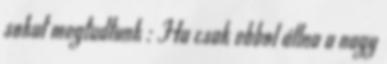
sokat megtudtunk : Ha csak ebbol állna a nagy